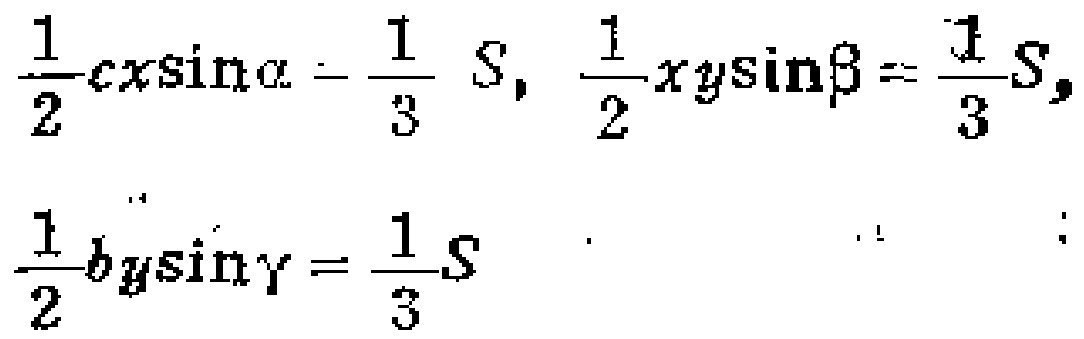
\(\frac{1}{2}cx\sin\alpha = \frac{1}{3} S, \frac{1}{2}xy\sin\beta = \frac{1}{3}S, \frac{1}{2}by\sin\gamma = \frac{1}{3}S\)